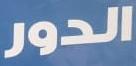
الدور